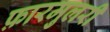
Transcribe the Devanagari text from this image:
फ़ारमुलरी